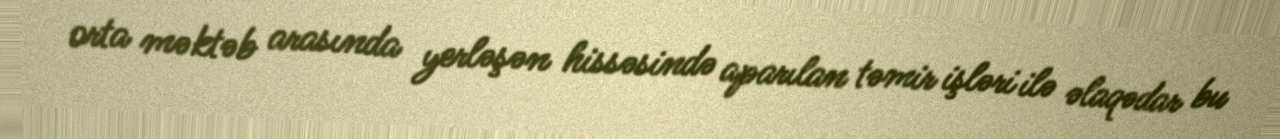
orta məktəb arasında yerləşən hissəsində aparılan təmir işləri ilə əlaqədar bu